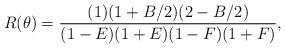
LaTeX: \begin{align*} R(\theta)=\frac{(1)(1+B/2)(2-B/2)}{(1-E)(1+E)(1-F)(1+F)},\end{align*}